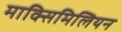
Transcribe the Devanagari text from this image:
माक्सिमिलियन